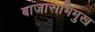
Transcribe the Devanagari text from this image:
बाजाराभिमुख